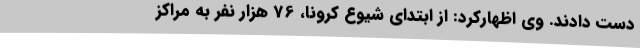
دست دادند. وی اظهارکرد: از ابتدای شیوع کرونا، 76 هزار نفر به مراکز